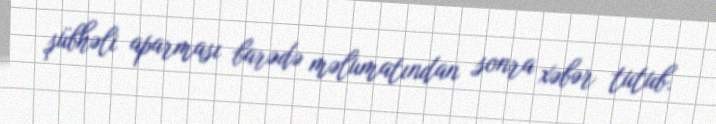
şübhəli aparması barədə məlumatından sonra xəbər tutub.